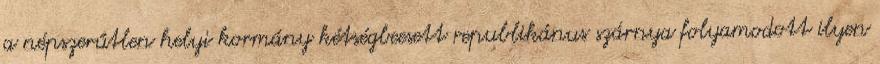
a népszerűtlen helyi kormány kétségbeesett republikánus szárnya folyamodott ilyen